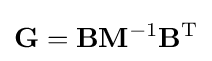
\mathbf {G} =\mathbf {B} \mathbf {M} ^{-1}\mathbf {B} ^{\rm {T}}